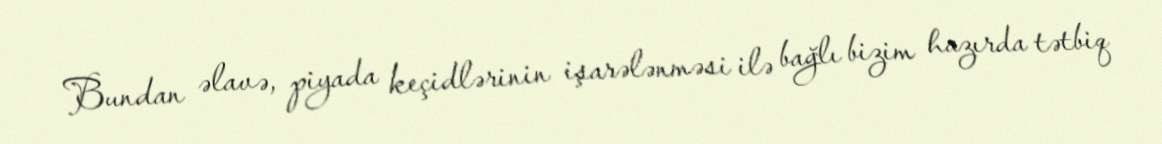
Bundan əlavə, piyada keçidlərinin işarələnməsi ilə bağlı bizim hazırda tətbiq